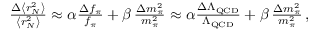
\begin{array} { r } { \! \! \! \! \! \frac { \Delta \left< r _ { N } ^ { 2 } \right> } { \left< r _ { N } ^ { 2 } \right> } \approx \alpha \frac { \Delta f _ { \pi } } { f _ { \pi } } + \beta \, \frac { \Delta m _ { \pi } ^ { 2 } } { m _ { \pi } ^ { 2 } } \approx \alpha \frac { \Delta \Lambda _ { \mathrm { Q C D } } } { \Lambda _ { \mathrm { Q C D } } } + \beta \, \frac { \Delta m _ { \pi } ^ { 2 } } { m _ { \pi } ^ { 2 } } \, , } \end{array}